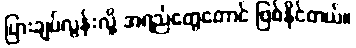
ပြားချပ်လွန်းလို့ အရည်တွေတောင် ဖြစ်နိုင်တယ်။